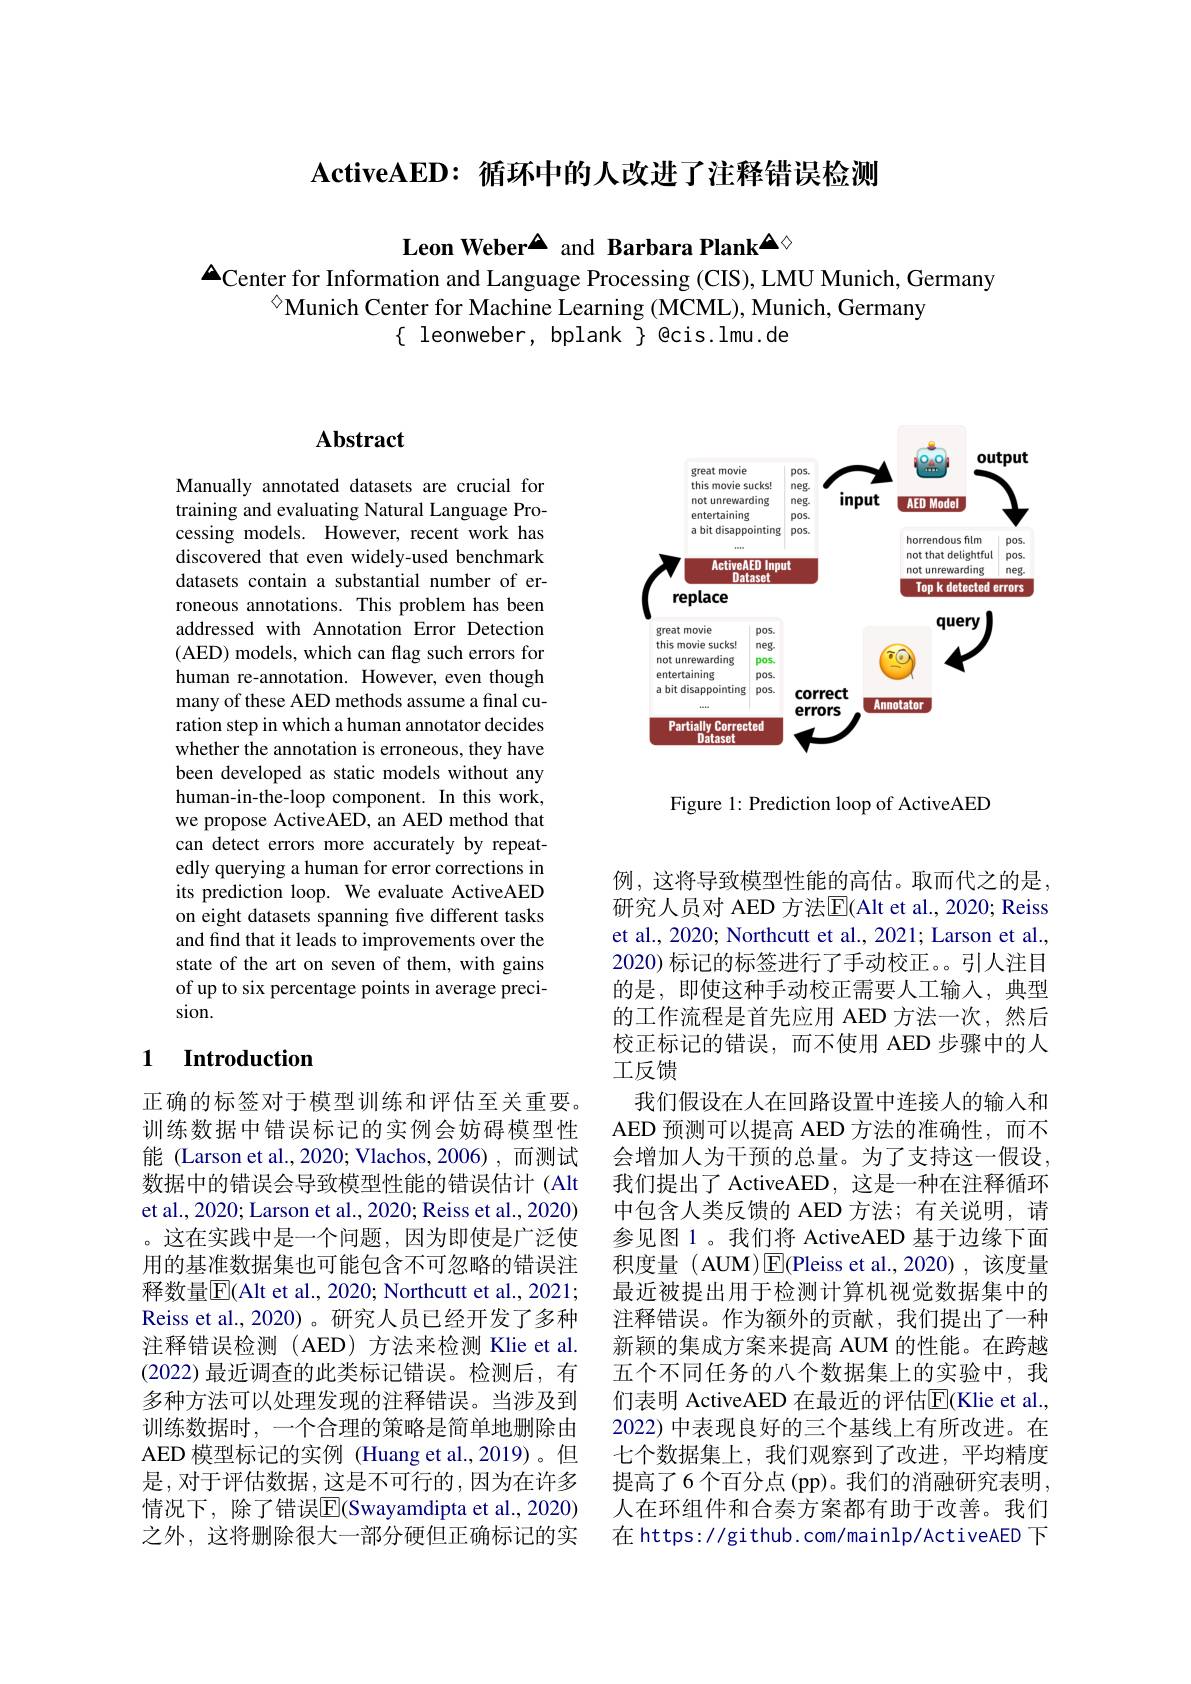
$\mathbf{ActiveAED:}$循环中的人改进了注释错误检测

Leon Weber▲ and Barbara Plank$^{\Delta\diamond}$
$\Delta_{\hat{\text{CenterforInformation and Language Processing (CIS), LMU Munich, Germany}}}$

◇Munich Center for Machine Learning (MCML), Munich, Germany
$\{$ leonweber, bplank $\}$ @cis.lmu.de

## Abstract

Manually annotated datasets are crucial for training and evaluating Natural Language Processing models. However, recent work has discovered that even widely-used benchmark datasets contain a substantial number of erroneous annotations. This problem has been addressed with Annotation Error Detection (AED) models, which can flag such errors for human re-annotation. However, even though many of these AED methods assume a final curation step in which a human annotator decides whether the annotation is erroneous, they have been developed as static models without any human-in-the-loop component. In this work, we propose ActiveAED, an AED method that can detect errors more accurately by repeatedly querying a human for error corrections in its prediction loop. We evaluate ActiveAED on eight datasets spanning five different tasks and find that it leads to improvements over the state of the art on seven of them, with gains of up to six percentage points in average precision.

## 1 $\textbf{Introduction}$

正确的标签对于模型训练和评估至关重要。训练数据中错误标记的实例会妨碍模型性能 (Larson et al.,2020; Vlachos, 2006), 而测试数据中的错误会导致模型性能的错误估计(Alt et al., 2020; Larson et al., 2020; Reiss et al., 2020) 。这在实践中是一个问题，因为即使是广泛使用的基准数据集也可能包含不可忽略的错误注释数量$\overline{\mathrm{E}}($Alt et al., 2020; Northcutt et al., 2021; Reiss et al.,2020)。研究人员已经开发了多种注释错误检测(AED)方法来检测 Klie et al. (2022)最近调查的此类标记错误。检测后，有多种方法可以处理发现的注释错误。当涉及到训练数据时，一个合理的策略是简单地删除由AED 模型标记的实例 (Huang et al.,2019)。但是，对于评估数据，这是不可行的，因为在许多情况下，除了错误$\overline{\mathbb{E}}$(Swayamdipta et al.,2020) 之外，这将删除很大一部分硬但正确标记的实

<FigureHere>

Figure 1: Prediction loop of ActiveAED

校正标记的错误，而不使用 AED 步骤中的人
工反馈

例，这将导致模型性能的高估。取而代之的是研究人员对 AED 方法$\overline{\mathrm{E}}($Alt et al., 2020; Reiss et al., 2020; Northcutt et al., 2021; Larson et al., 2020) 标记的标签进行了手动校正。引人注目的是，即使这种手动校正需要人工输入，典型的工作流程是首先应用 AED 方法一次，然后
我们假设在人在回路设置中连接人的输入和AED 预测可以提高 AED 方法的准确性，而不会增加人为干预的总量。为了支持这一假设， 我们提出了 ActiveAED, 这是一种在注释循环中包含人类反馈的 AED 方法；有关说明，请参见图 1 。我们将 ActiveAED 基于边缘下面积度量(AUM)$\operatorname{E}($Pleiss et al.,2020),该度量最近被提出用于检测计算机视觉数据集中的注释错误。作为额外的贡献，我们提出了一种新颖的集成方案来提高 AUM 的性能。在跨越五个不同任务的八个数据集上的实验中，我们表明 ActiveAED 在最近的评估$\overline{\mathrm{F}}($Klie et al., 2022) 中表现良好的三个基线上有所改进。在七个数据集上，我们观察到了改进，平均精度提高了6个百分点(pp)。我们的消融研究表明， 人在环组件和合奏方案都有助于改善。我们在 https: / github. com/ mainlp/ ActiveAED 下